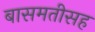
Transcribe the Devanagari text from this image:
बासमतीसह